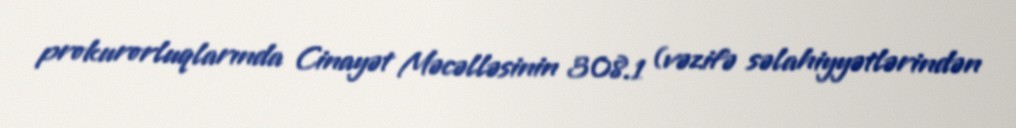
prokurorluqlarında Cinayət Məcəlləsinin 308.1 (vəzifə səlahiyyətlərindən